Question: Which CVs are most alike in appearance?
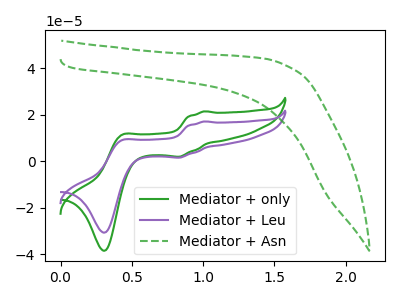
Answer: <think>The green curve "Mediator + only" has anodic peaks at (1.00V, 21.50uA) (0.45V, 11.35uA) and cathodic peaks at (0.85V, 2.00uA) (0.30V, -38.50uA). The purple curve "Mediator + Leu" has anodic peaks at (1.00V, 17.15uA) (0.45V, 9.05uA) and cathodic peaks at (0.85V, 1.60uA) (0.30V, -30.70uA). The green dashed curve "Mediator + Asn" has no peaks.
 All the peaks in "Mediator + only" have a peak in "Mediator + Leu" at the same potential. "Mediator + only" and "Mediator + Asn" have a different number of peaks. "Mediator + Leu" and "Mediator + Asn" have a different number of peaks.</think>
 <answer>"Mediator + only" and "Mediator + Leu" have the same shape and are likely CV's of the same chemical.</answer>
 <eval>"Mediator + only" "Mediator + Leu"</eval>